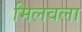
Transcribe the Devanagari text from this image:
मिलवला